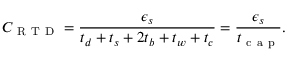
C _ { \mathrm { ~ R ~ T ~ D ~ } } = \frac { \epsilon _ { s } } { t _ { d } + t _ { s } + 2 t _ { b } + t _ { w } + t _ { c } } = \frac { \epsilon _ { s } } { t _ { \mathrm { ~ c ~ a ~ p ~ } } } .